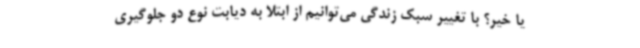
یا خیر؟ با تغییر سبک زندگی می‌توانیم از ابتلا به دیابت نوع دو جلوگیری